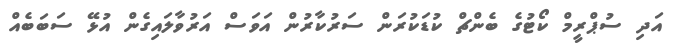
އަދި ސުޕްރީމް ކޯޓުގެ ބެންޗް ކުޑަކުރަން ސަރުކާރުން އަވަސް އަރުވާލައިގެން އުޅޭ ސަބަބެއް